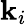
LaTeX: \mathbf{k}_{i}